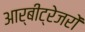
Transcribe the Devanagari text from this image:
आर्बीट्रेजरों